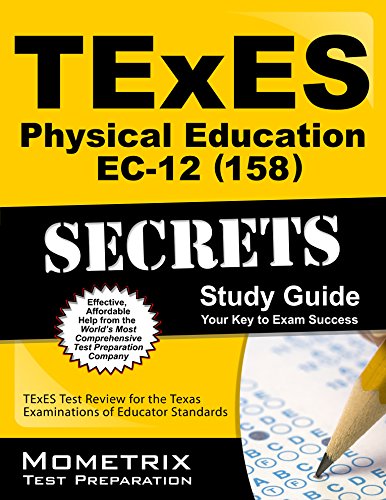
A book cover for TExES Physical Education EC-12 (158) Secrets Study Guide: TExES Test Review for the Texas Examinations of Educator Standards; TExES Exam Secrets Test Prep Team; Test Preparation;